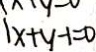
\vert x + y - 1 = 0